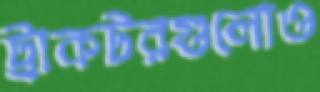
ট্রাকটরগুলোও